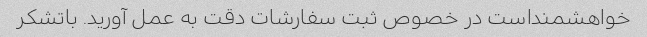
خواهشمنداست در خصوص ثبت سفارشات دقت به عمل آورید. باتشکر